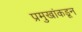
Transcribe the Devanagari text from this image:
प्रमुखांकडून